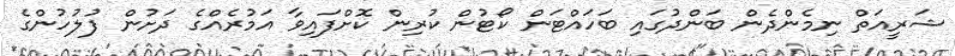
ޝަރީއަތް ނިމެންދެން ބަންދުގައި ބަހައްޓަން ކޯޓުން ކުރިން ކޮށްފައިވާ އަމުރެއްގެ ދަށުން ފުލުހުންގެ